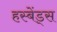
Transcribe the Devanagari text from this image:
हस्बेंड्स